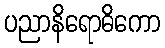
ပညာနိရောဓိကော